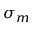
\sigma _ { m }